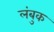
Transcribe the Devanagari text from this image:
लंबुक